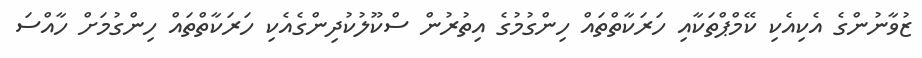
ޒުވާނުންގެ އެކިއެކި ކޭމްޕްތަކާއި ހަރަކާތްތައް ހިންގުމުގެ އިތުރުން ސްކޫލުކުދިންގެއެކި ހަރަކާތްތައް ހިންގުމަށް ހާއްސަ